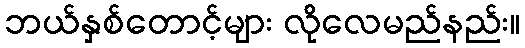
ဘယ်နှစ်တောင့်များ လိုလေမည်နည်း။